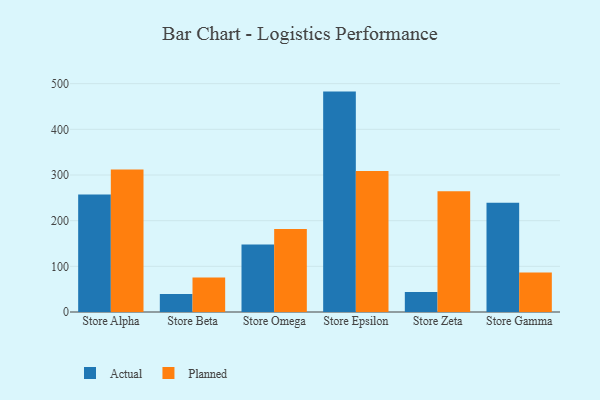
{"axis": {"x": "Store", "y": "Revenue (USD Million)"}, "legend": ["Actual", "Planned"], "data": [{"x": "Store Alpha", "y": 257.3, "type": "Actual"}, {"x": "Store Alpha", "y": 311.8, "type": "Planned"}, {"x": "Store Beta", "y": 39.2, "type": "Actual"}, {"x": "Store Beta", "y": 75.8, "type": "Planned"}, {"x": "Store Omega", "y": 147.7, "type": "Actual"}, {"x": "Store Omega", "y": 182.0, "type": "Planned"}, {"x": "Store Epsilon", "y": 482.6, "type": "Actual"}, {"x": "Store Epsilon", "y": 308.6, "type": "Planned"}, {"x": "Store Zeta", "y": 43.8, "type": "Actual"}, {"x": "Store Zeta", "y": 264.2, "type": "Planned"}, {"x": "Store Gamma", "y": 239.4, "type": "Actual"}, {"x": "Store Gamma", "y": 86.6, "type": "Planned"}]}